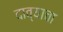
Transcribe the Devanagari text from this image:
दाव्याचा